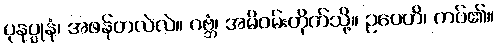
ပုနပ္ပုနံ၊ အဖန်တလဲလဲ။ ဂဗ္ဘံ၊ အမိဝမ်းတိုက်သို့။ ဥပေတိ၊ ကပ်၏။